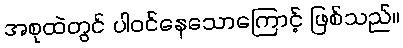
အစုထဲတွင် ပါဝင်နေသောကြောင့် ဖြစ်သည်။